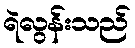
ရဲလွန်းသည်